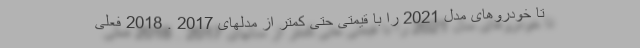
تا خودروهای مدل 2021 را با قیمتی حتی کمتر از مدلهای 2017 . 2018 فعلی